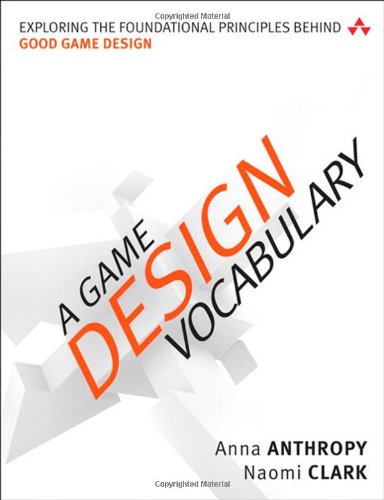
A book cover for A Game Design Vocabulary: Exploring the Foundational Principles Behind Good Game Design; Anna Anthropy; Computers & Technology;